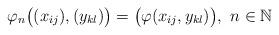
LaTeX: \begin{align*}\varphi_n \big( (x_{ij}), (y_{kl}) \big )=\big(\varphi(x_{ij},y_{kl})\big), \, \, n \in \mathbb{N}\end{align*}